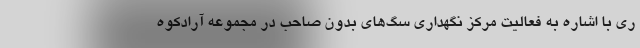
ری با اشاره به فعالیت مرکز نگهداری سگ‌های بدون صاحب در مجموعه آرادکوه